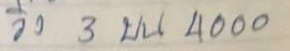
วิ่ง 3 บน 4000